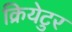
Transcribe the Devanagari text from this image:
क्रियेटुर